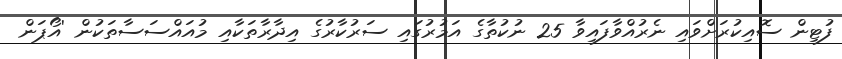
ފުޓިން ސޮއިކުރަށްވައި ނެރުއްވާފައިވާ 25 ނުކުތާގެ އަމުރުގައި ސަރުކާރުގެ އިދާރާތަކާއި މުއައްސަސާތަކުން 'އޯޕަން